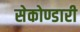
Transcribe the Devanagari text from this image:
सेकोण्डारी